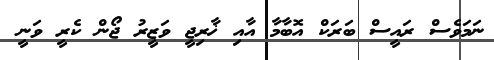
ނަމަވެސް ރައީސް ބަރަކް އޮބާމާ އާއި ޚާރިޖީ ވަޒީރު ޖޯން ކެރީ ވަނީ